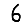
Digit: 6